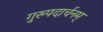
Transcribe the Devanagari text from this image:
गुरुपदार्चनम्